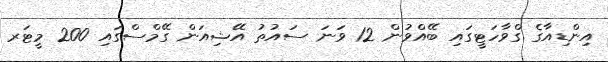
އިންޑިއާގެ ގްވާހަޓީގައި ބޭއްވުން 12 ވަނަ ސައުތު އޭޝިއަން ގޭމްސްގައި 200 މީޓަރ